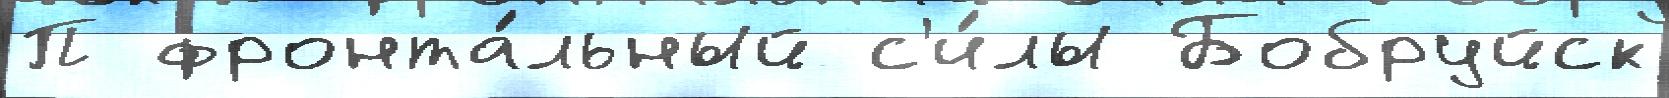
П фронта́льный с'и́лы Бобруйск